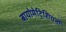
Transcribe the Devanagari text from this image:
बायोमेट्रिशियनों